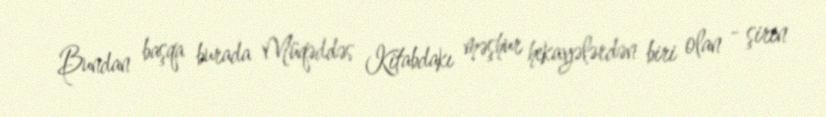
Bundan başqa burada Müqəddəs Kitabdakı məşhur hekayələrdən biri olan - şirin